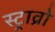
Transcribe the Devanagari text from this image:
स्ट्राव्रो